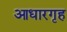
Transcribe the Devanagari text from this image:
आधारगृह